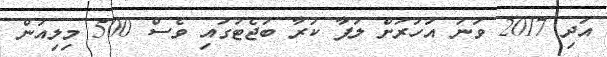
އަދި 2017 ވަނަ އަހަރަށް ލަފާ ކުރާ ބަޖެޓުގައި ވެސް 500 މިލިއަން